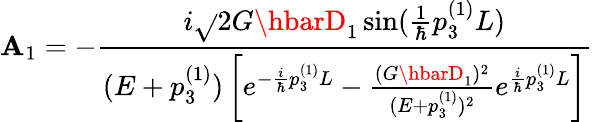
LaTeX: \mathbf{A}_{1}=-\frac{{i\sqrt{}{{2}}G\hbarD_{1}\sin(\frac{{1}}{{\hbar}}p_{3}^{(1)}L)}}{{(E+p_{3}^{(1)})\left[e^{-\frac{{i}}{{\hbar}}p_{3}^{(1)}L}-\frac{{(G\hbarD_{1})^{2}}}{{(E+p_{3}^{(1)})^{2}}}e^{\frac{{i}}{{\hbar}}p_{3}^{(1)}L}\right]}}